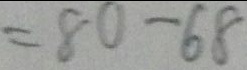
= 8 0 - 6 8